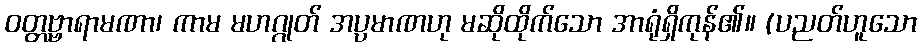
ဝတ္တဗ္ဗာရာမဏာ၊ ကာမ မဟဂ္ဂုတ် အပ္ပမာဏဟု မဆိုထိုက်သော အာရုံရှိကုန်၏။ (ပညတ်ဟူသော